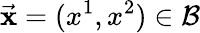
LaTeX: \vec{\mathbf x}=(x^{1},x^{2})\in\mathcal{B}